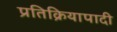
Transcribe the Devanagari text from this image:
प्रतिक्रियापादी